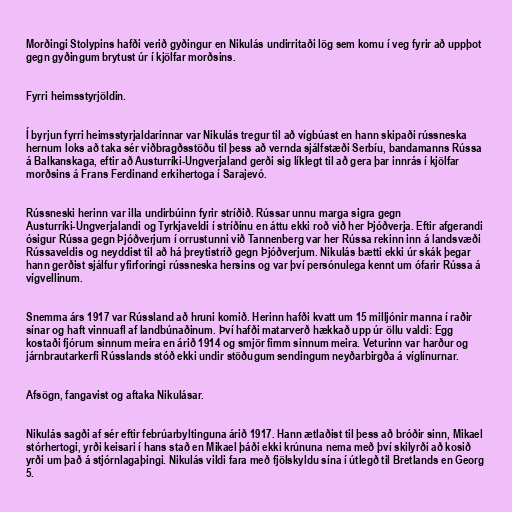
Morðingi Stolypins hafði verið gyðingur en Nikulás undirritaði lög sem komu í veg fyrir að uppþot
gegn gyðingum brytust úr í kjölfar morðsins.

Fyrri heimsstyrjöldin.

Í byrjun fyrri heimsstyrjaldarinnar var Nikulás tregur til að vígbúast en hann skipaði rússneska
hernum loks að taka sér viðbragðsstöðu til þess að vernda sjálfstæði Serbíu, bandamanns Rússa
á Balkanskaga, eftir að Austurríki-Ungverjaland gerði sig líklegt til að gera þar innrás í kjölfar
morðsins á Frans Ferdinand erkihertoga í Sarajevó.

Rússneski herinn var illa undirbúinn fyrir stríðið. Rússar unnu marga sigra gegn
Austurríki-Ungverjalandi og Tyrkjaveldi í stríðinu en áttu ekki roð við her Þjóðverja. Eftir afgerandi
ósigur Rússa gegn Þjóðverjum í orrustunni við Tannenberg var her Rússa rekinn inn á landsvæði
Rússaveldis og neyddist til að há þreytistríð gegn Þjóðverjum. Nikulás bætti ekki úr skák þegar
hann gerðist sjálfur yfirforingi rússneska hersins og var því persónulega kennt um ófarir Rússa á
vígvellinum.

Snemma árs 1917 var Rússland að hruni komið. Herinn hafði kvatt um 15 milljónir manna í raðir
sínar og haft vinnuafl af landbúnaðinum. Því hafði matarverð hækkað upp úr öllu valdi: Egg
kostaði fjórum sinnum meira en árið 1914 og smjör fimm sinnum meira. Veturinn var harður og
járnbrautarkerfi Rússlands stóð ekki undir stöðugum sendingum neyðarbirgða á víglínurnar.

Afsögn, fangavist og aftaka Nikulásar.

Nikulás sagði af sér eftir febrúarbyltinguna árið 1917. Hann ætlaðist til þess að bróðir sinn, Mikael
stórhertogi, yrði keisari í hans stað en Mikael þáði ekki krúnuna nema með því skilyrði að kosið
yrði um það á stjórnlagaþingi. Nikulás vildi fara með fjölskyldu sína í útlegð til Bretlands en Georg
5.